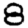
Digit: 8